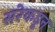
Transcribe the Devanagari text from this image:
सरेकडून